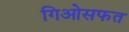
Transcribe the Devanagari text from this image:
गिओसफत